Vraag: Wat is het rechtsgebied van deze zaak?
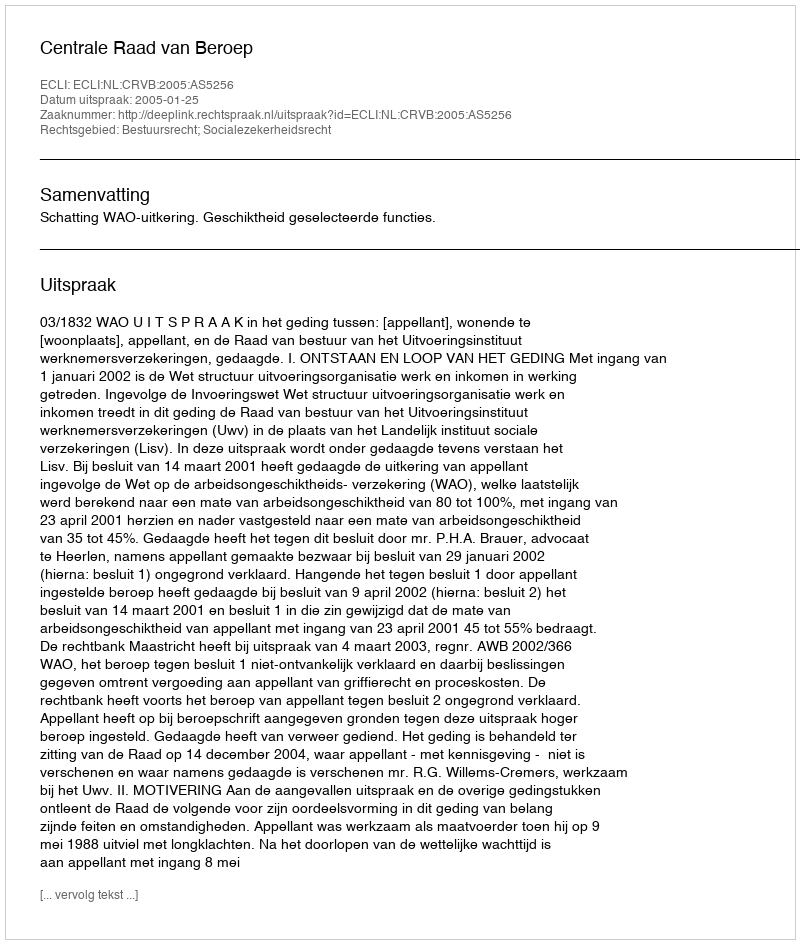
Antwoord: Bestuursrecht; Socialezekerheidsrecht